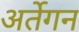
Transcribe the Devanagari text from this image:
अर्तेगन